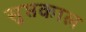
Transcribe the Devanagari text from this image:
सुप्तकाल